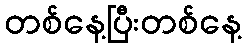
တစ်နေ့ပြီးတစ်နေ့